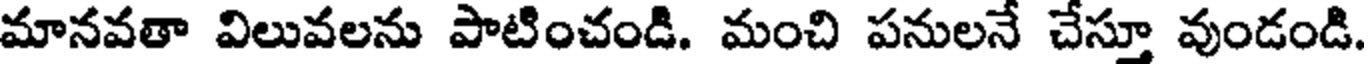
మానవతా విలువలను పాటించండి. మంచి పనులనే చేస్తూ వుండండి.